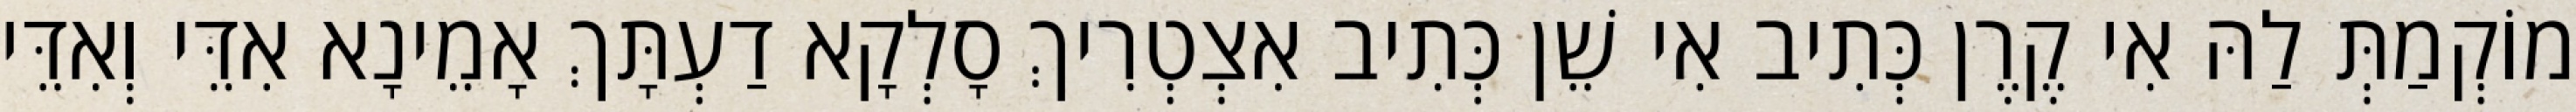
מוֹקְמַתְּ לַהּ אִי קֶרֶן כְּתִיב אִי שֵׁן כְּתִיב אִצְטְרִיךְ סָלְקָא דַעְתָּךְ אָמֵינָא אִדֵּי וְאִדֵּי